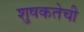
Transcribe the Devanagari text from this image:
शुषकतेची